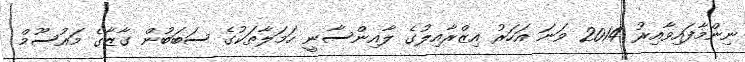
ނިންމާފައިވާއިރު 2014 ވަނަ އަހަރު އިޒްރާއިލުގެ ލާއިންސާނީ ހަމަލާތަކުގެ ސަބަބުން ގާޒާގެ މައުސޫމް